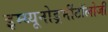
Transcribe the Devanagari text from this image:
इम्य्यूनोडर्र्मीटॉलोजी